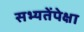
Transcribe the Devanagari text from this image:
सभ्यतेंपेक्षा